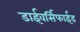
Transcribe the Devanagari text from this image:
डाईवर्सिफाईड